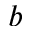
b